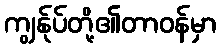
ကျွန်ုပ်တို့၏တာဝန်မှာ